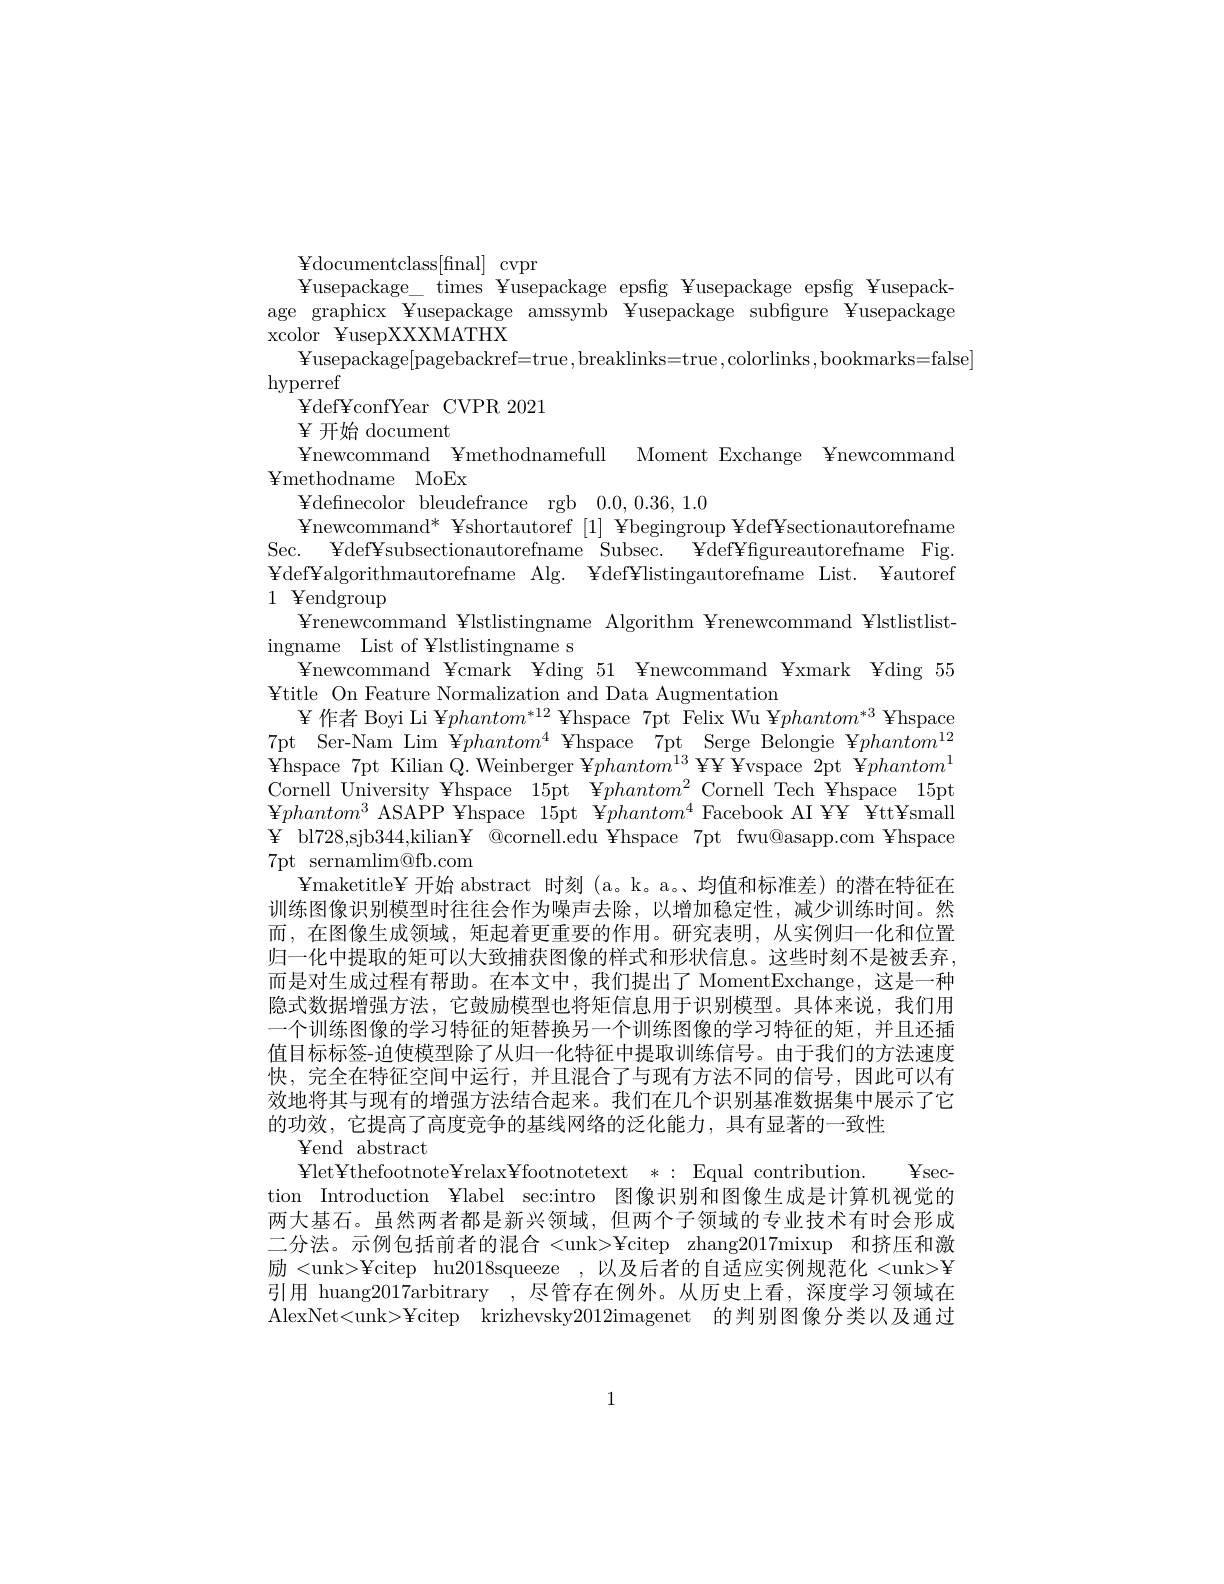
Ydef¥ algorithmautorefname Alg. ¥ def¥ listingautorefname List. ¥ autoref
1 ¥endgroup

${\mathrm{Ydocumentclass[final]}}$cvpr
¥ usepackage$\_$ times ¥ usepackage epsfig ¥ usepackage epsfig ¥ usepack- ing age graphicx ¥usepackage amssymb ¥usepackage subfigure ¥usepackage xcolor${\mathrm{~}}{\mathrm{~}}{\mathrm{~}}{\mathrm{~}}{\mathrm{~}}{\mathrm{~}}{\mathrm{~}}{\mathrm{~}}{\mathrm{~}}{\mathrm{~}}{\mathrm{~}}{\mathrm{~}}{\mathrm{~}}{\mathrm{~}}{\mathrm{~}}{\mathrm{~}}{\mathrm{~}}{\mathrm{~}}{\mathrm{~}}{\mathrm{~}}$
$¥$usepackage[pagebackref=true,breaklinks=true,colorlinks,bookmarks=false]
hyperref
${\mathrm{Ydef¥confYear}}{\mathrm{CVPR2021}}$
$\Psi$开始 document
Ynewcommand Ymethodnamefull Moment Exchange Ynewcommand
${\mathrm{Ymethodname}}$ ${\mathrm{MoEx}}$
${\mathrm{Ydefinecolor}}$ ${\mathrm{bleudefrance}}$ ${\mathrm{rgb}}$ 0.0,0.36,1.0
Ynewcommand* ¥shortautoref [1] ¥begingroup ¥def¥sectionautorefname Sec. ¥def¥subsectionautorefname Subsec. ¥def¥fgureautorefname Fig.
¥ renewcommand ¥lstlistingname Algorithm ¥renewcommand ¥lstlistlist-
ingname List of ¥lstlistingname s
¥ newcommand Ycmark ¥ding 51 ¥newcommand ¥xmark ¥ding 55
¥ title On Feature Normalization and Data Augmentation
¥ 作 者 Boyi Li ¥ $phantom^{* 12}$ ¥hspace 7pt Felix Wu ¥$phantom^*3$ ¥hspace 7pt Ser-NamLim Y$phantom^{4}$ Yhspace 7pt Serge Belongie Y$phantom^{12}$ $\bar{\mathrm{Yhspace~7pt~Kilian~Q.~Weinberger~}}\bar{\mathrm{Y}phantom^{13}}\bar{\mathrm{YY~Yvspace~2pt~Y}}phantom^{1}$ Cornell University ¥hspace 15pt ¥$phantom^{2}$ Cornell Tech ¥hspace 15pt ¥ $phantom^3$ ASAPP Yhspace 15pt ¥$phantom^{4}$ Facebook AI ¥¥ ¥ttYsmall $\begin{array}{cc}{\mathrm{Y}}&{\mathrm{bl728,sjb344,kilian¥~@cornell.edu~¥hspace~7pt~fwu@asapp.com~¥hspace}}\end{array}$ 7pt sernamlim@fb.com
¥ maketitle¥ 开始 abstract 时刻 (a。k。a。)均值和标准差)的潜在特征在训练图像识别模型时往往会作为噪声去除，以增加稳定性，减少训练时间。然而，在图像生成领域，矩起着更重要的作用。研究表明，从实例归一化和位置归一化中提取的矩可以大致捕获图像的样式和形状信息。这些时刻不是被丢弃， 而是对生成过程有帮助。在本文中，我们提出了 MomentExchange,这是一种隐式数据增强方法，它鼓励模型也将矩信息用于识别模型。具体来说，我们用一个训练图像的学习特征的矩替换另一个训练图像的学习特征的矩，并且还插值目标标签-迫使模型除了从归一化特征中提取训练信号。由于我们的方法速度快，完全在特征空间中运行，并且混合了与现有方法不同的信号，因此可以有效地将其与现有的增强方法结合起来。我们在几个识别基准数据集中展示了它的功效，它提高了高度竞争的基线网络的泛化能力，具有显著的一致性
${\mathrm{Yend}}$ ${\mathrm{abstract}}$
Ylet¥ thefootnote¥ relax¥ footnotetext *: Equal contribution. Ysec- tion Introduction ¥label sec:intro 图像识别和图像生成是计算机视觉的两大基石。虽然两者都是新兴领域，但两个子领域的专业技术有时会形成二分法。示例包括前者的混合 <unk>¥citep zhang2017mixup 和挤压和激励 <unk>¥citep hu2018squeeze ,以及后者的自适应实例规范化 <unk>¥ 引用 huang2017arbitrary ,尽管存在例外。从历史上看，深度学习领域在AlexNet<unk>¥citep krizhevsky2012imagenet 的判别图像分类以及通过

1